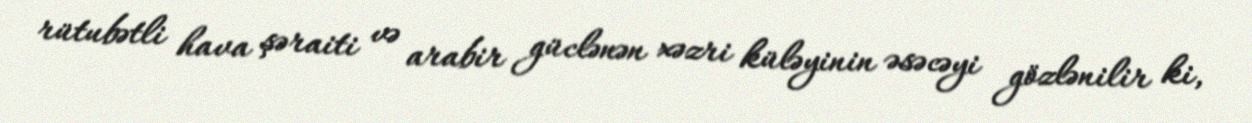
rütubətli hava şəraiti və arabir güclənən xəzri küləyinin əsəcəyi gözlənilir ki,